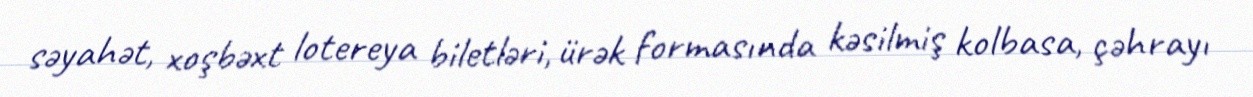
səyahət, xoşbəxt lotereya biletləri, ürək formasında kəsilmiş kolbasa, çəhrayı